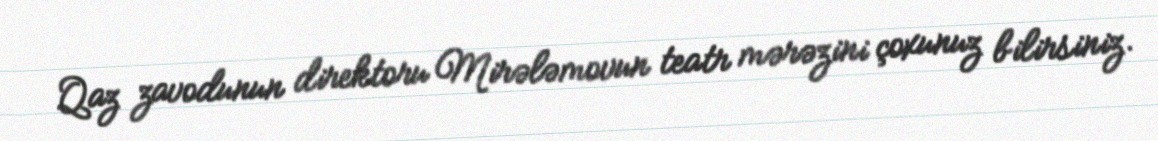
Qaz zavodunun direktoru Mirələmovun teatr mərəzini çoxunuz bilirsiniz.